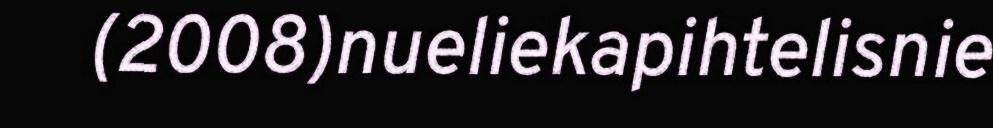
(2008)nueliekapihtelisnie